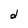
Character: d